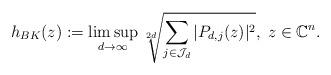
LaTeX: \begin{align*}h_{BK}(z):=\limsup_{d\to\infty}\root{2d}\of{\sum_{j\in\mathcal J_d}|P_{d,j}(z)|^2},\; z\in \mathbb C^n.\end{align*}